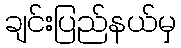
ချင်းပြည်နယ်မှ